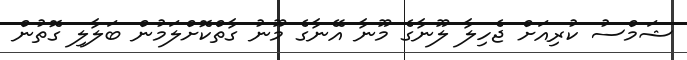
ޝަމްސު ކުރިއަށް ޖެހިލާ ލޫނާގެ މޫނާ އޭނާގެ މޫނު ގާތްކޮށްލަމުން ބަލާލި ގޮތުން